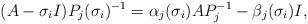
LaTeX: \begin{align*}(A - \sigma_i I)P_j(\sigma_i)^{-1} = \alpha_j(\sigma_i)AP^{-1}_j - \beta_j(\sigma_i)I,\end{align*}